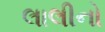
લાલીનો